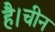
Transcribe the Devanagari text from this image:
है।चीन